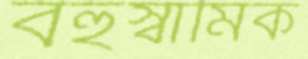
বহুস্বামিক